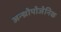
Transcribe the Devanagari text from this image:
अन्थ्रोपोजेनिक